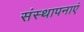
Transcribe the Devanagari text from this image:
संस्थापनाएं